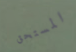
المستحق